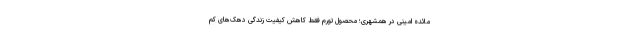
مائده امینی در همشهری؛ محصول تورم فقط کاهش کیفیت زندگی دهک‌های کم